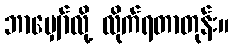
ဘာမျှော်လို့ လိုက်ရတာတုန်း။